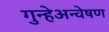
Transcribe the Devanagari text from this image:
गुन्हेअन्वेषण